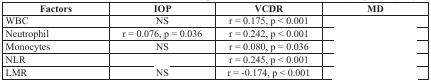
<table><thead><tr><td><b>Factors</b></td><td><b>IOP</b></td><td><b>VCDR</b></td><td><b>MD</b></td></tr></thead><tbody><tr><td>WBC</td><td>NS</td><td>r = 0.175, p &lt; 0.001</td><td>[EMPTY_CELL]</td></tr><tr><td>Neutrophil</td><td>r = 0.076, p = 0.036</td><td>r = 0.242, p &lt; 0.001</td><td>[EMPTY_CELL]</td></tr><tr><td>Monocytes</td><td>NS</td><td>r = 0.080, p = 0.036</td><td>[EMPTY_CELL]</td></tr><tr><td>NLR</td><td>[EMPTY_CELL]</td><td>r = 0.245, p &lt; 0.001</td><td>[EMPTY_CELL]</td></tr><tr><td>LMR</td><td>NS</td><td>r = −0.174, p &lt; 0.001</td><td>[EMPTY_CELL]</td></tr></tbody></table>